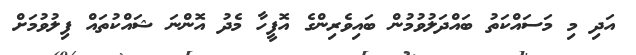
އަދި މި މަސައްކަތު ބައްދަލުވުމުން ބައިވެރިންގެ އޮފީހާ މެދު އޮންނަ ޝައްކުތައް ފިލުވުމަށް